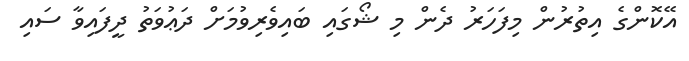
އޭކޮންގެ އިތުރުން މިފަހަރު ދެން މި ޝޯގައި ބައިވެރިވުމަށް ދަޢުވަތު ދީފައިވާ ސައި